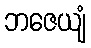
ဘဇေယျံ